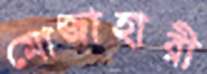
মোজাহারী